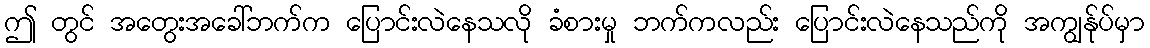
ဤ တွင် အတွေးအခေါ်ဘက်က ပြောင်းလဲနေသလို ခံစားမှု ဘက်ကလည်း ပြောင်းလဲနေသည်ကို အကျွန်ုပ်မှာ